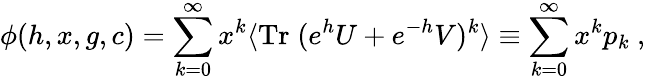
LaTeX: \phi(h,x,g,c)=\sum_{k=0}^{\infty}x^{k}\langle\mathrm{Tr}\; (e^{h}U+e^{-h}V)^{k}\rangle\equiv\sum_{k=0}^{\infty}x^{k}p_{k}\ ,